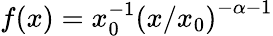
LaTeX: f(x)=x_{0}^{-1}\left(x/x_{0}\right)^{-\alpha-1}